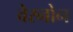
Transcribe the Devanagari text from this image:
वेरनोन